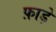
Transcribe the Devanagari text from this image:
फ़ाड़े